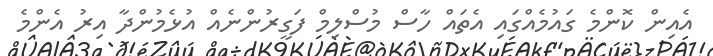
އެއިން ކޮންމެ ގައުމެއްގައި އެތައް ހާސް މުސްލިމް ފަގީރުންނެއް އުޅެމުންދާ އިރު އެންމެ